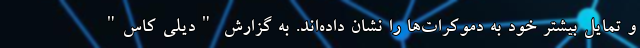
و تمایل بیشتر خود به دموکرات‌ها را نشان داده‌اند. به گزارش "دیلی کاس"